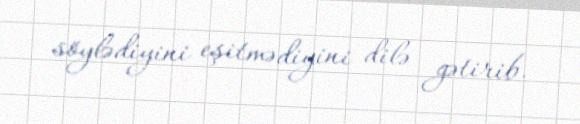
söylədiyini eşitmədiyini dilə gətirib.